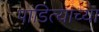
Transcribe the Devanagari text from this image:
पांडित्याच्या